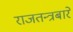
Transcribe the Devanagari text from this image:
राजतन्त्रबारे